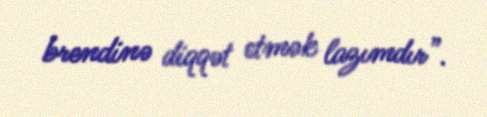
brendinə diqqət etmək lazımdır”.